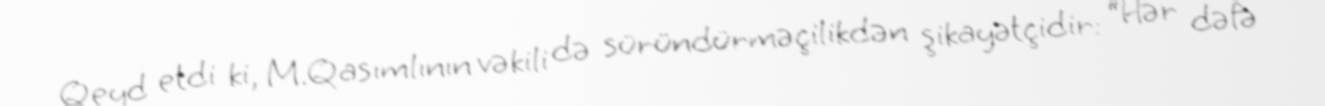
Qeyd etdi ki, M.Qasımlının vəkili də süründürməçilikdən şikayətçidir: “Hər dəfə